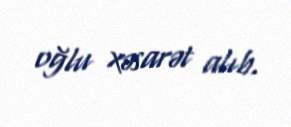
oğlu xəsarət alıb.